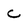
Character: c